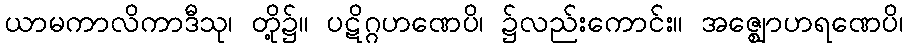
ယာမကာလိကာဒီသု၊ တို့၌။ ပဋိဂ္ဂဟဏေပိ၊ ၌လည်းကောင်း။ အဇ္ဈောဟရဏေပိ၊